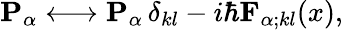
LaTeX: {\mathbf{P}}_{\alpha}\longleftrightarrow{\mathbf{P}}_{\alpha}\, \delta_{kl}-i\hbar{\mathbf{F}}_{\alpha;kl}(x),